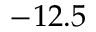
- 1 2 . 5